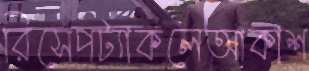
রিসেপট্যাকলেআকাশ